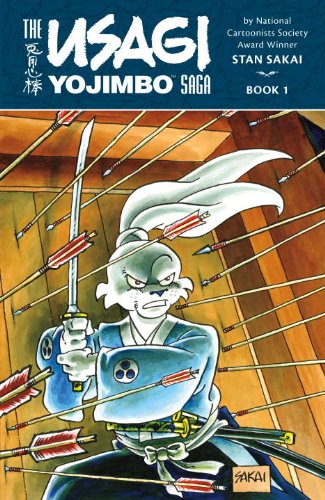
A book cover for Usagi Yojimbo Saga Volume 1; Stan Sakai; Comics & Graphic Novels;